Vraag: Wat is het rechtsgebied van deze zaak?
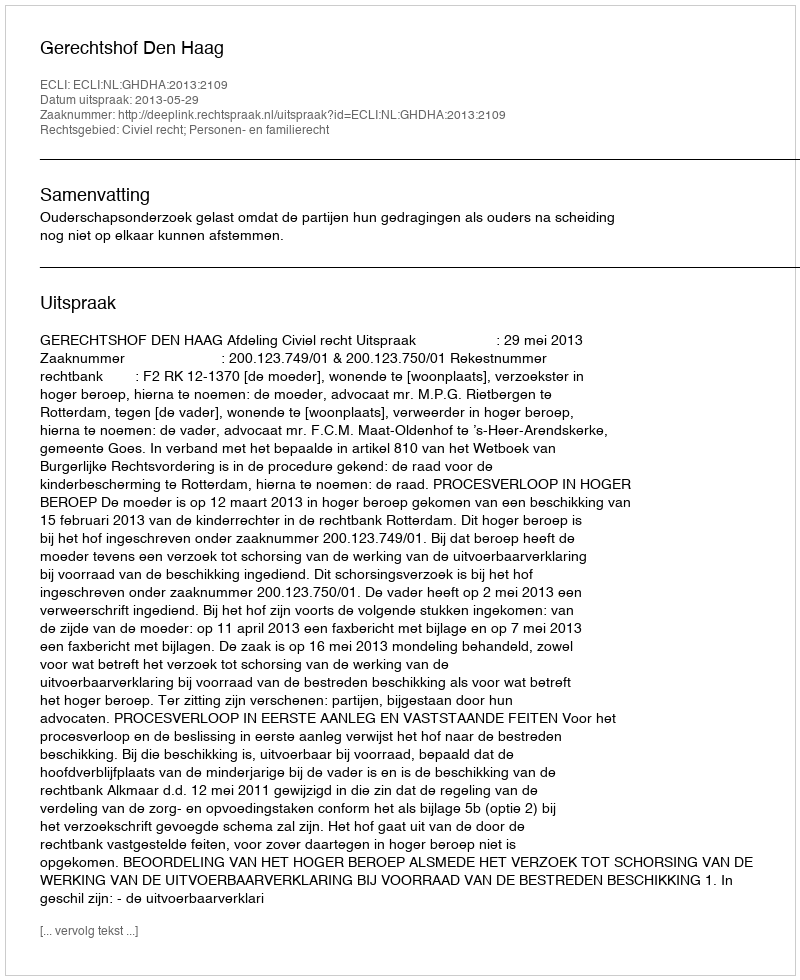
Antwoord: Civiel recht; Personen- en familierecht